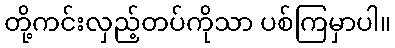
တို့ကင်းလှည့်တပ်ကိုသာ ပစ်ကြမှာပါ။